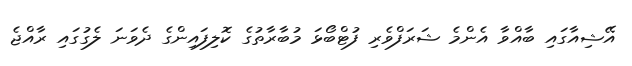
އޭޝިއާގައި ބާއްވާ އެންމެ ޝަރަފްވެރި ފުޓްބޯޅަ މުބާރާތުގެ ކޮލިފައިންގެ ދެވަނަ ލެގުގައި ރާއްޖެ